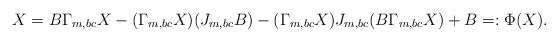
LaTeX: \begin{align*}X = B\Gamma_{m, bc}X - (\Gamma_{m, bc}X)(J_{m, bc}B) - (\Gamma_{m, bc}X)J_{m, bc}(B\Gamma_{m, bc}X)+B=:\Phi(X).\end{align*}